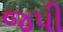
જપી